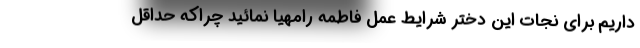
داریم برای نجات این دختر شرایط عمل فاطمه رامهیا نمائید چراکه حداقل